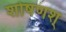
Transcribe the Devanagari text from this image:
शोषणश्